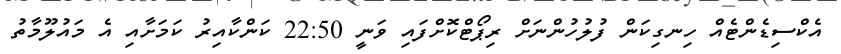
އެކްސިޑެންޓެއް ހިނގިކަން ފުލުހުންނަށް ރިޕޯޓްކޮށްފައި ވަނީ 22:50 ކަންކާއިރު ކަމަށާއި އެ މައުލޫމާތު